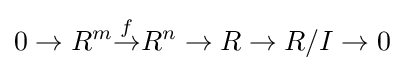
0\rightarrow R^{m}{\stackrel {f}{\rightarrow }}R^{n}\rightarrow R\rightarrow R/I\rightarrow 0